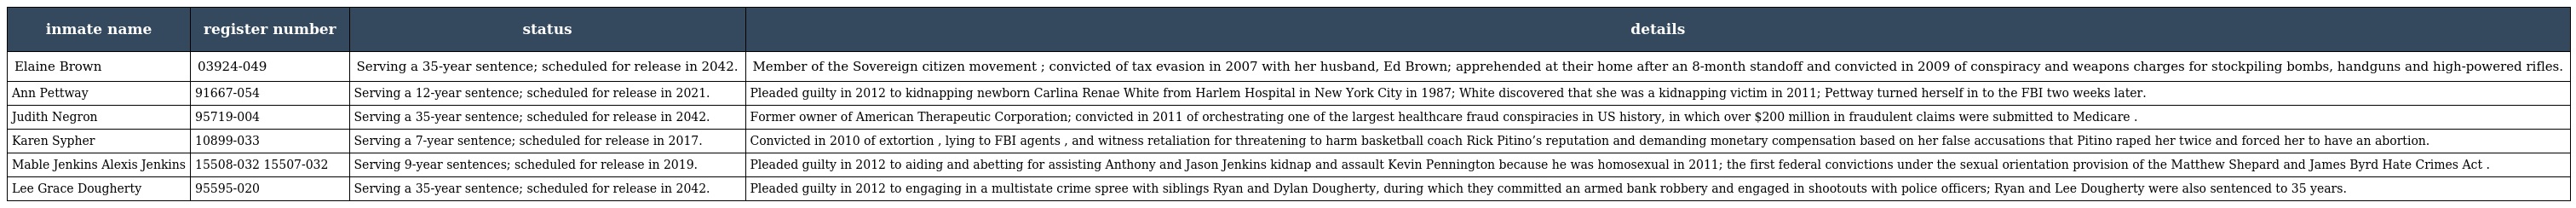
| inmate name | register number | status | details |
 | --- | --- | --- | --- |
 | Elaine Brown | 03924-049 | Serving a 35-year sentence; scheduled for release in 2042. | Member of the Sovereign citizen movement ; convicted of tax evasion in 2007 with her husband, Ed Brown; apprehended at their home after an 8-month standoff and convicted in 2009 of conspiracy and weapons charges for stockpiling bombs, handguns and high-powered rifles. |
 | Ann Pettway | 91667-054 | Serving a 12-year sentence; scheduled for release in 2021. | Pleaded guilty in 2012 to kidnapping newborn Carlina Renae White from Harlem Hospital in New York City in 1987; White discovered that she was a kidnapping victim in 2011; Pettway turned herself in to the FBI two weeks later. |
 | Judith Negron | 95719-004 | Serving a 35-year sentence; scheduled for release in 2042. | Former owner of American Therapeutic Corporation; convicted in 2011 of orchestrating one of the largest healthcare fraud conspiracies in US history, in which over $200 million in fraudulent claims were submitted to Medicare . |
 | Karen Sypher | 10899-033 | Serving a 7-year sentence; scheduled for release in 2017. | Convicted in 2010 of extortion , lying to FBI agents , and witness retaliation for threatening to harm basketball coach Rick Pitino’s reputation and demanding monetary compensation based on her false accusations that Pitino raped her twice and forced her to have an abortion. |
 | Mable Jenkins Alexis Jenkins | 15508-032 15507-032 | Serving 9-year sentences; scheduled for release in 2019. | Pleaded guilty in 2012 to aiding and abetting for assisting Anthony and Jason Jenkins kidnap and assault Kevin Pennington because he was homosexual in 2011; the first federal convictions under the sexual orientation provision of the Matthew Shepard and James Byrd Hate Crimes Act . |
 | Lee Grace Dougherty | 95595-020 | Serving a 35-year sentence; scheduled for release in 2042. | Pleaded guilty in 2012 to engaging in a multistate crime spree with siblings Ryan and Dylan Dougherty, during which they committed an armed bank robbery and engaged in shootouts with police officers; Ryan and Lee Dougherty were also sentenced to 35 years. |